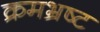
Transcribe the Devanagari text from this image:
क्रमभ्रष्ट